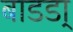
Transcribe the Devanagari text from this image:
बाडडा्